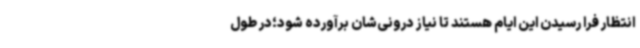
انتظار فرا رسیدن این ایام هستند تا نیاز درونی‌شان برآورده شود؛در طول